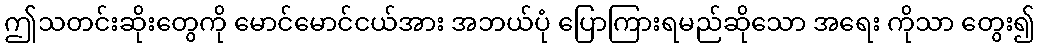
ဤသတင်းဆိုးတွေကို မောင်မောင်ငယ်အား အဘယ်ပုံ ပြောကြားရမည်ဆိုသော အရေး ကိုသာ တွေး၍